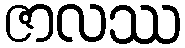
ဇာလဿ